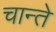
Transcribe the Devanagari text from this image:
चान्ते